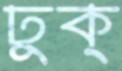
ঢুক্‌